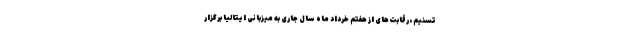
تسنیم، رقابت‌های از هفتم خرداد ماه سال جاری به میزبانی ایتالیا برگزار